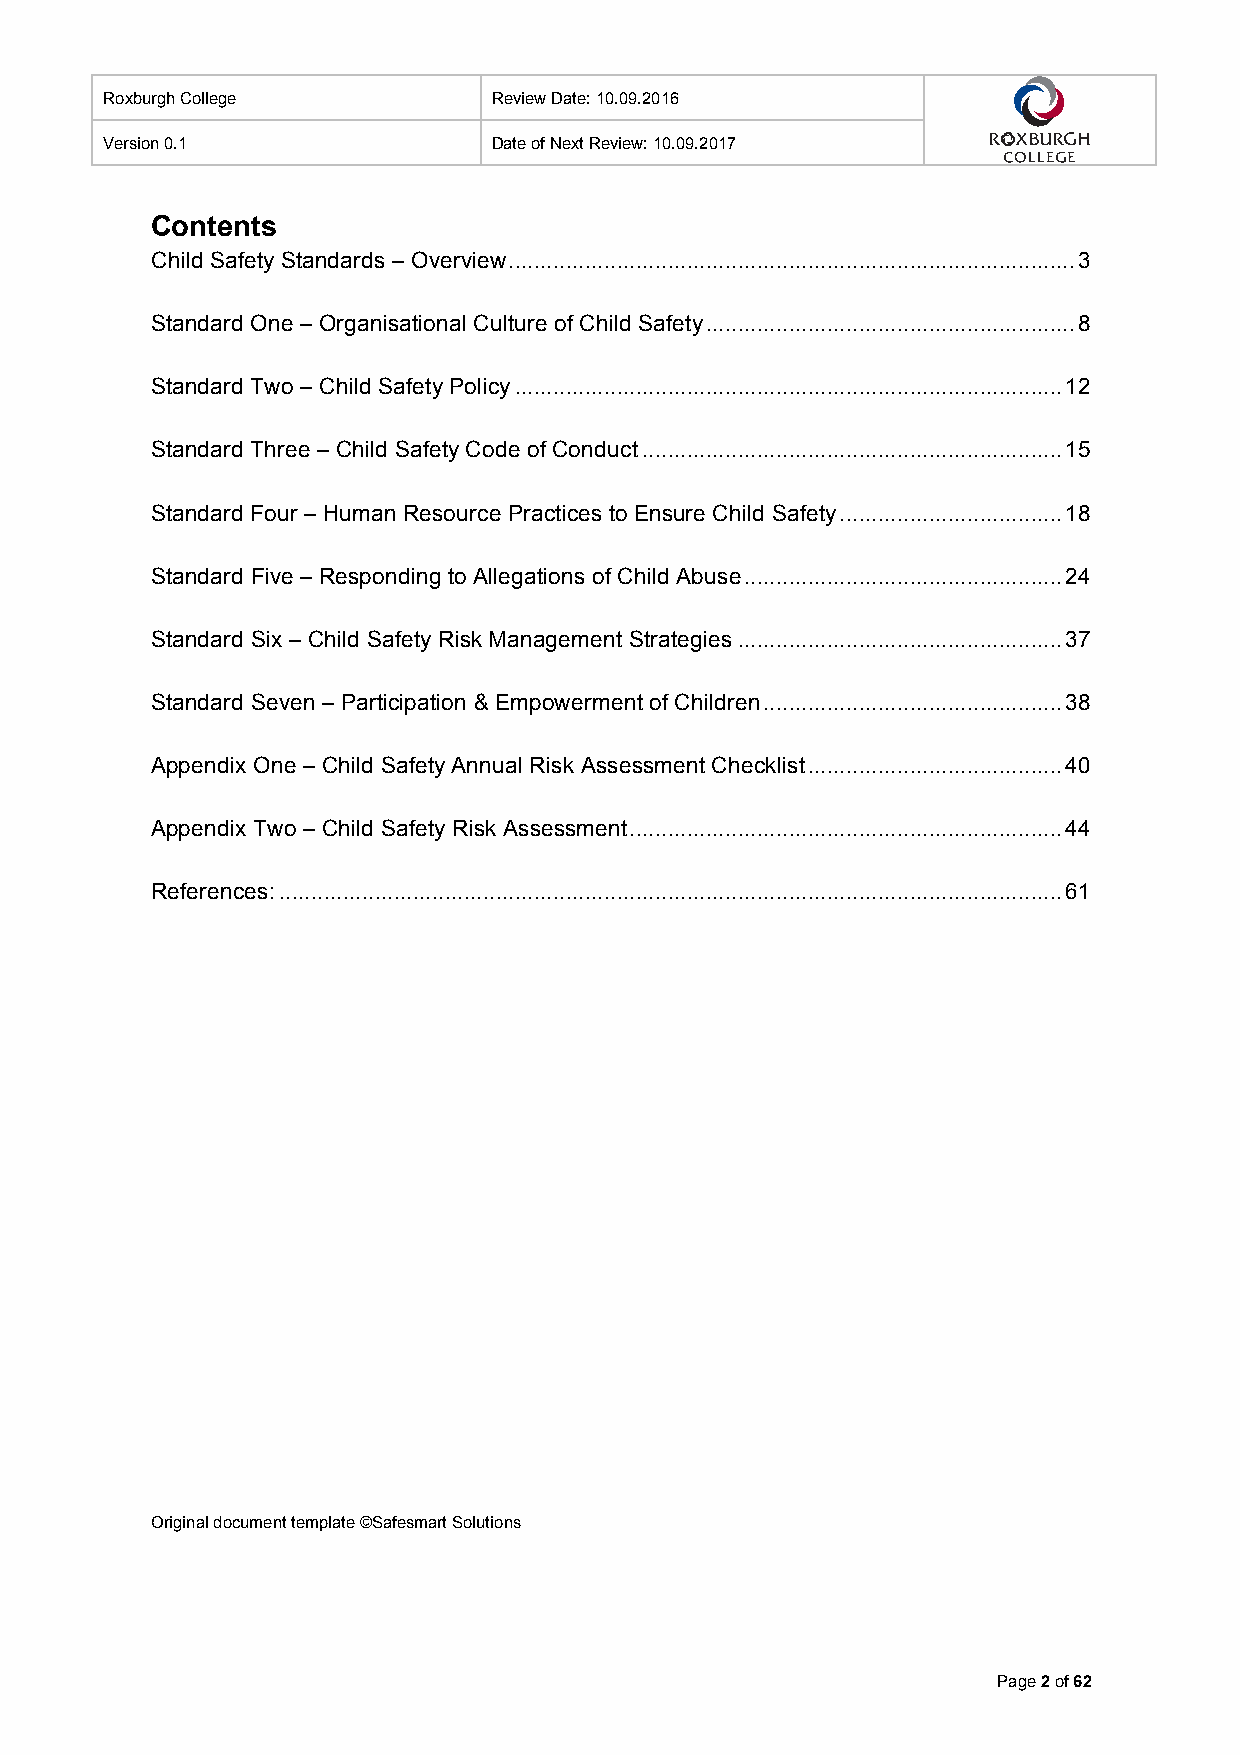
Roxburgh College          Review Date: 10.09.2016
 Version 0.1               Date of Next Review: 10.09.2017
 Contents
 Child Safety Standards – Overview ......................................................................................... 3
 Standard One – Organisational Culture of Child Safety .......................................................... 8
 Standard Two – Child Safety Policy ...................................................................................... 12
 Standard Three – Child Safety Code of Conduct .................................................................. 15
 Standard Four – Human Resource Practices to Ensure Child Safety ................................... 18
 Standard Five – Responding to Allegations of Child Abuse .................................................. 24
 Standard Six – Child Safety Risk Management Strategies ................................................... 37
 Standard Seven – Participation & Empowerment of Children ............................................... 38
 Appendix One – Child Safety Annual Risk Assessment Checklist ........................................ 40
 Appendix Two – Child Safety Risk Assessment .................................................................... 44
 References: ........................................................................................................................... 61
 Original document template ©Safesmart Solutions
 Page 2 of 62